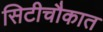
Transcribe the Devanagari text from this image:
सिटीचौकात